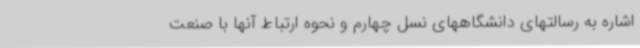
اشاره به رسالتهای دانشگاههای نسل چهارم و نحوه ارتباط آنها با صنعت